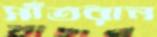
সাঁতরান